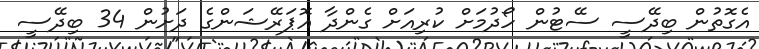
އެގޮތުން ބިދޭސީ ސޭޓުން ހޯދުމަށް ކުރިއަށް ގެންދާ އޮޕަރޭޝަންގެ ދަށުން 34 ބިދޭސީ